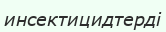
инсектицидтерді